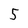
Character: 5